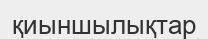
қиыншылықтар